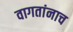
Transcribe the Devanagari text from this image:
वागतांनाच